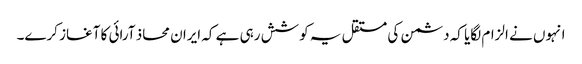
انہوں نے الزام لگایا کہ دشمن کی مستقل یہ کوشش رہی ہے کہ ایران محاذ آرائی کا آغاز کرے۔